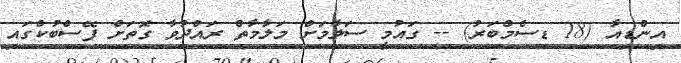
އިންޑިއާ (18 ޑިސެމްބަރު) -- ގައުމީ ސަލާމަށް މަލާމާތް ރައްދުވާ ގޮތަށް ފޭސްބުކްގައި